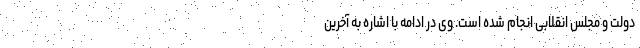
دولت و مجلس انقلابی انجام شده است. وی در ادامه با اشاره به آخرین